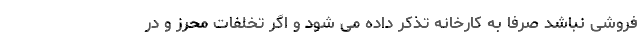
فروشی نباشد صرفا به کارخانه تذکر داده می شود و اگر تخلفات محرز و در